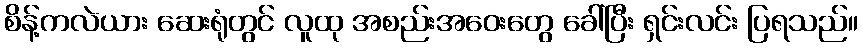
စိန့်ကလဲယား ဆေးရုံတွင် လူထု အစည်းအဝေးတွေ ခေါ်ပြီး ရှင်းလင်း ပြရသည်။